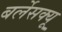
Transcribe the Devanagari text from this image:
बर्लेसक्यू